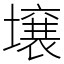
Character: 壌